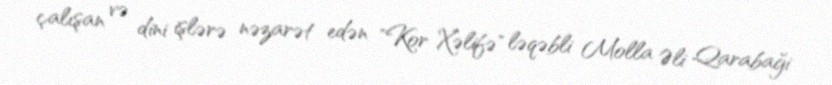
çalışan və dini işlərə nəzarət edən "Kor Xəlifə" ləqəbli Molla Əli Qarabaği